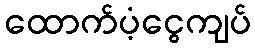
ထောက်ပံ့ငွေကျပ်